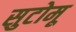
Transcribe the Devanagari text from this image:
सुटोमू